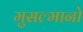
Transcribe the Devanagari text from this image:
मुसल्मानो